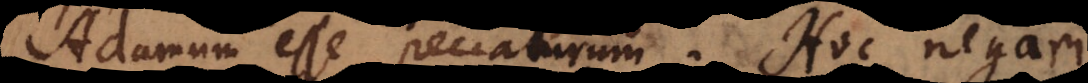
Adamum esse peccaturum. Hoc negari